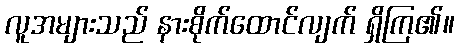
လူအများသည် နားစိုက်ထောင်လျက် ရှိကြ၏။